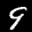
Label: 9